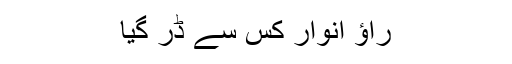
راؤ انوار کس سے ڈر گیا